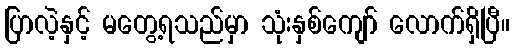
ပြာလဲ့နှင့် မတွေ့ရသည်မှာ သုံးနှစ်ကျော် လောက်ရှိပြီ။